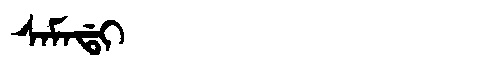
Manchu: ᠰᠠᠮᠠᡩᡳ
Romanization: SAMADI